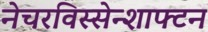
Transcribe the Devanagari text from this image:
नेचरविस्सेन्शाफ्टन